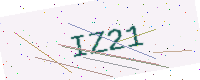
Text: IZ21